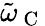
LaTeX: \tilde{\omega}_{\mathrm{~C~}}